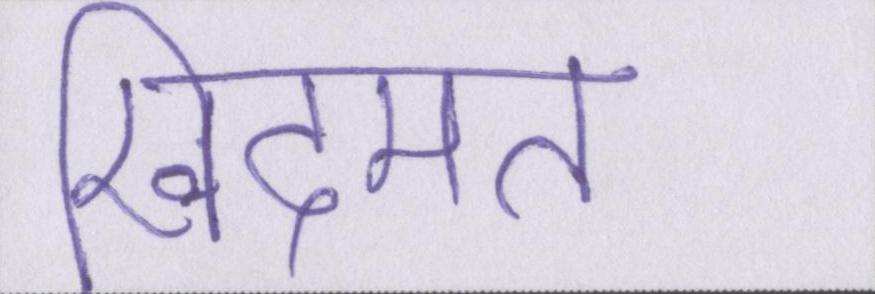
खिदमत